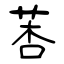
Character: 莕